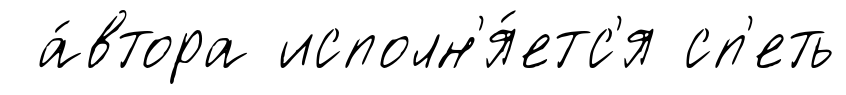
а́втора исполн'я́етс'я сп'еть